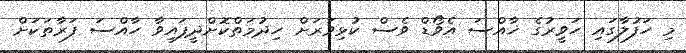
މި ހަފުލާގައި ހަވީރުގެ ޚާއްސަ އެވޯޑް ވެސް ކުޅިވަރަށް ހިދުމަތްކޮށްދީފައިވާ ހާއްސަ ފަރާތަކަށް